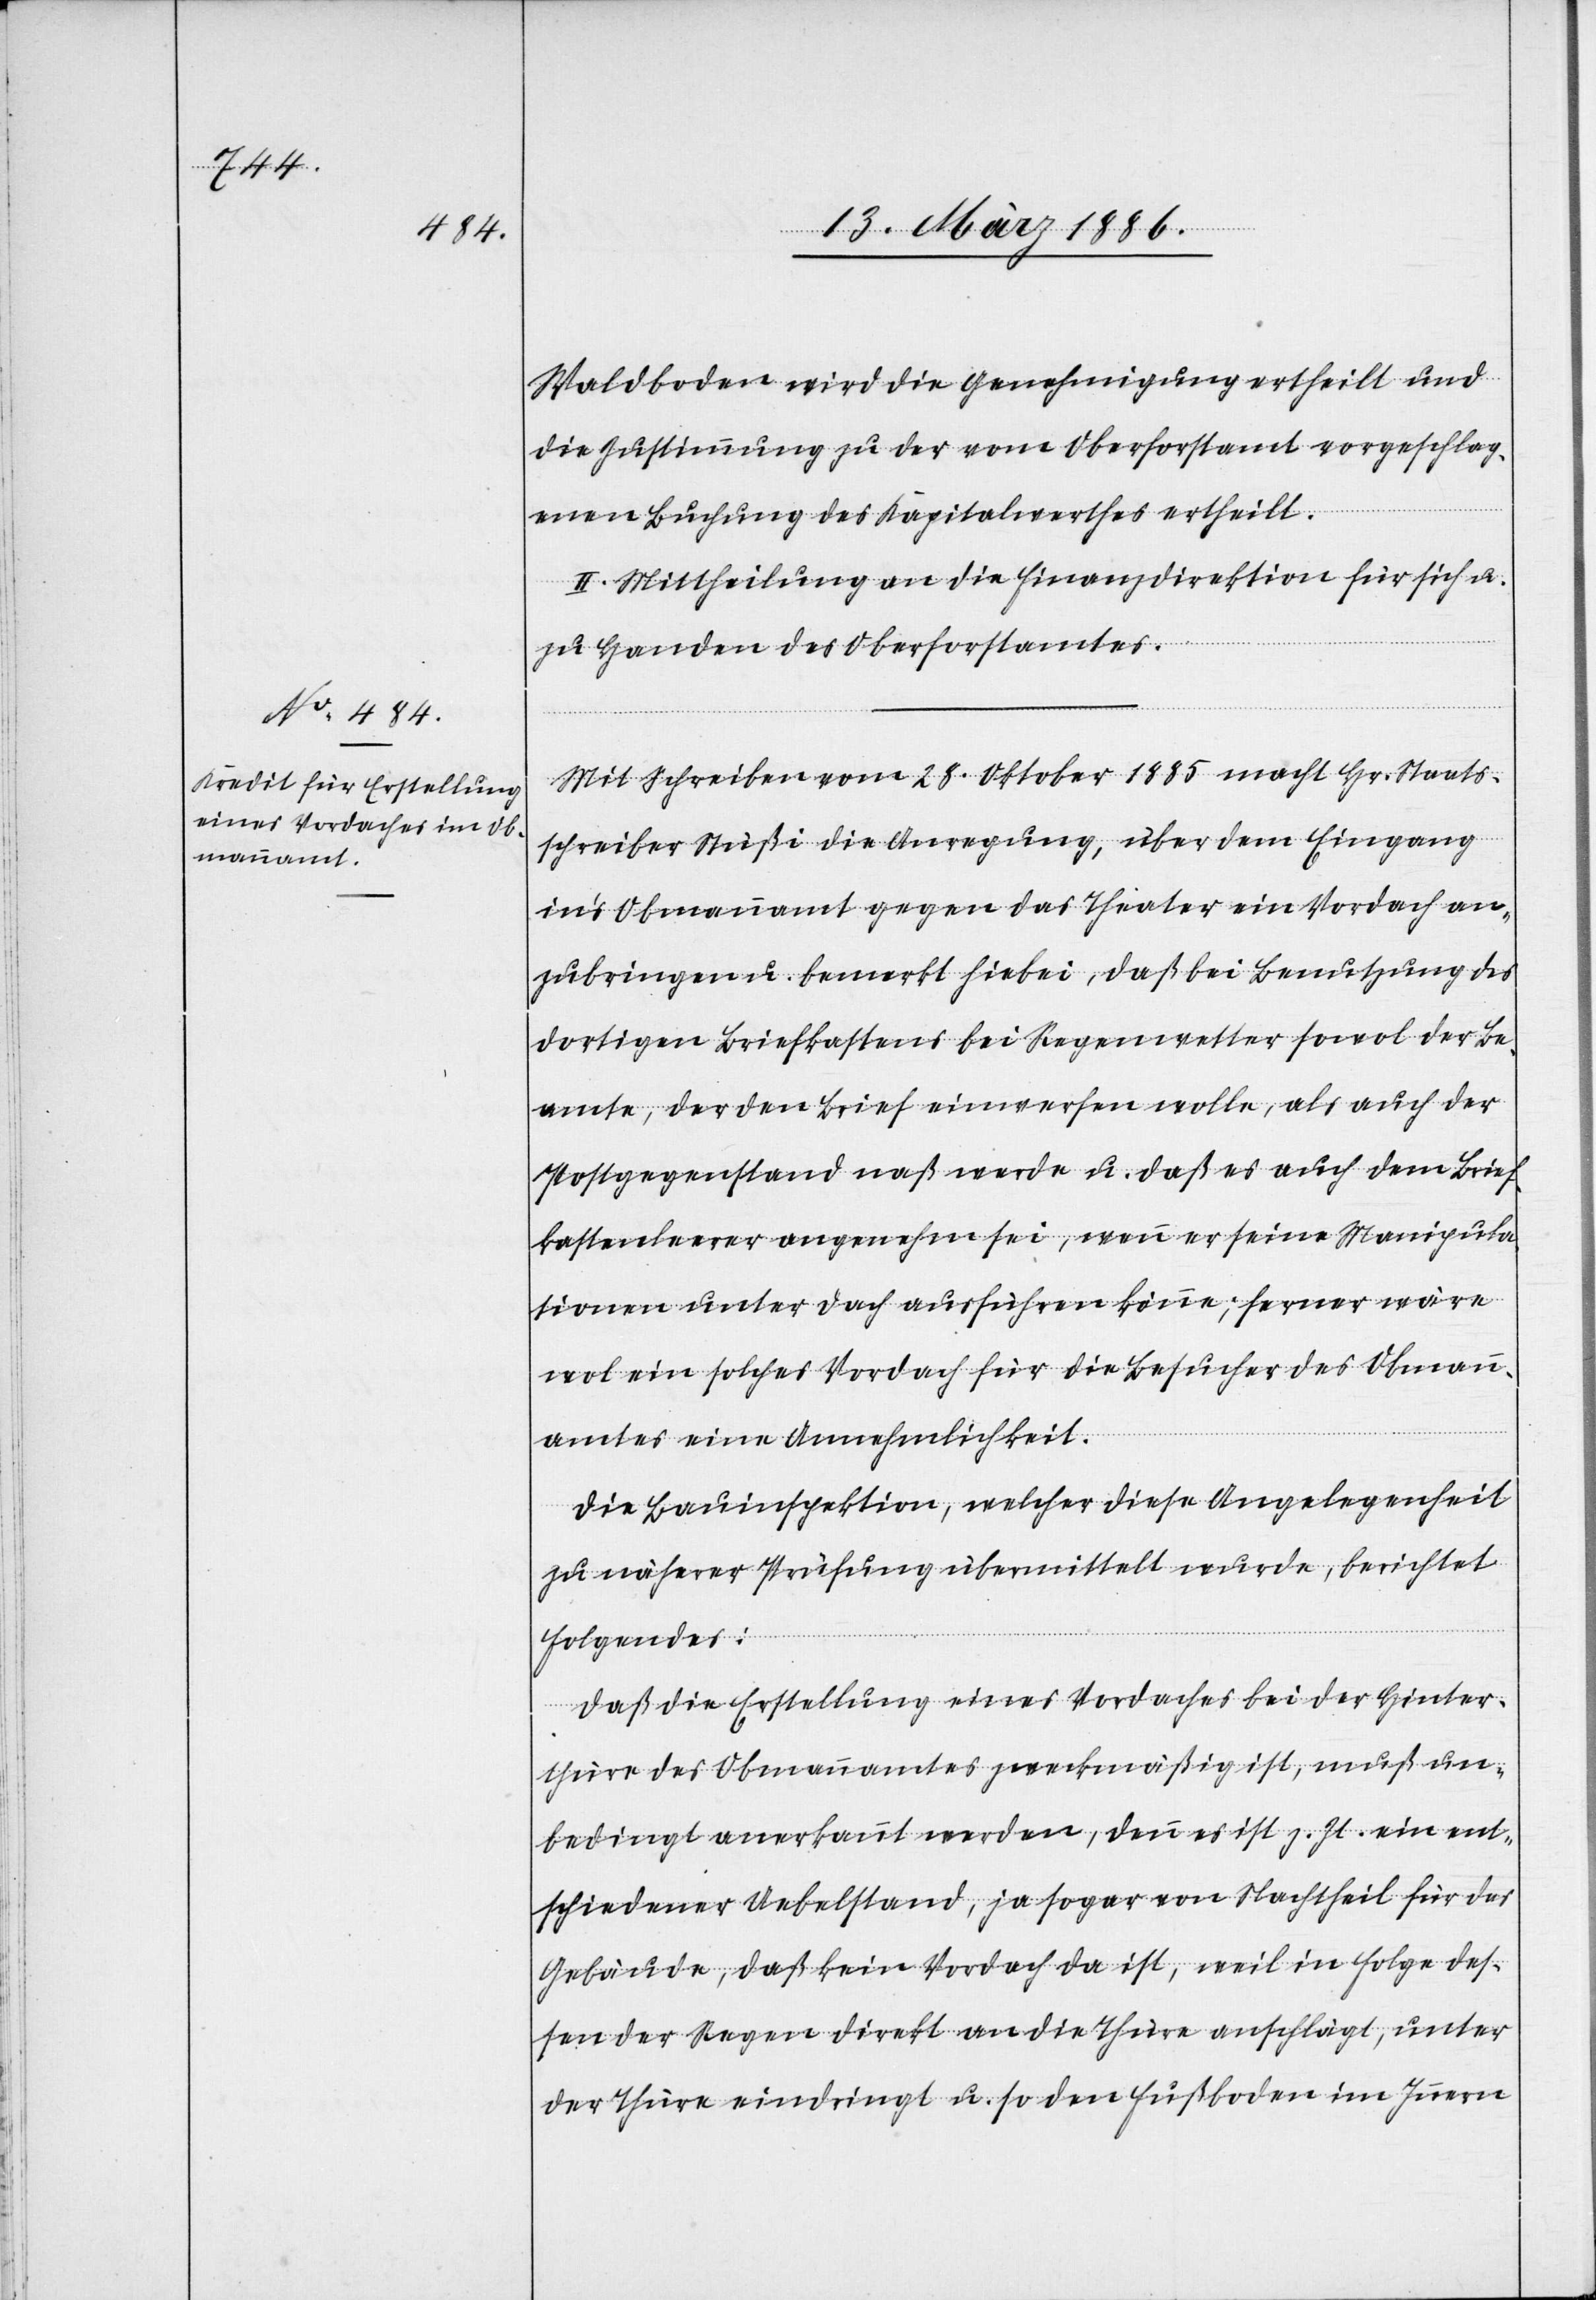
Waldboden wird die Genehmigung ertheilt und
die Zustimmung zu der vom Oberforstamt vorgeschlag¬
enen Buchung des Kapitalwerthes ertheilt.
II. Mittheilung an die Finanzdirektion für sich u.
zu Handen des Oberforstamtes.
Mit Schreiben vom 28. Oktober 1885 macht Hr. Staats¬
schreiber Stüßi die Anregung, über dem Eingang
in’s Obmannamt gegen das Theater ein Vordach an¬
zubringen u. bemerkt hiebei, daß bei Benutzung des
dortigen Briefkastens bei Regenwetter sowol der Be¬
amte, der den Brief einwerfen wolle, als auch der
Postgegenstand naß werden u. daß es auch dem Brief¬
kastenleerer angenehm sei, wenn er seine Manipula¬
tionen unter Dach ausführen könne; ferner wäre
wol ein solches Vordach für die Besucher des Obmann¬
amtes eine Annehmlichkeit.
Die Bauinspektion, welcher diese Angelegenheit
zu näherer Prüfung übermittelt wurde, berichtet
Folgendes:
Daß die Erstellung eines Vordaches bei der Hinter¬
thüre des Obmannamtes zweckmäßig ist, muß un¬
bedingt anerkannt werden, denn es ist z. Zt. ein ent¬
schiedener Uebelstand, ja sogar von Nachtheil für das
Gebäude, daß kein Vordach da ist, weil in Folge des¬
sen der Regen direkt an die Thüre anschlägt, unter
der Thüre eindringt u. so den Fußboden im Innern